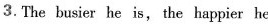
3.The busier he is, the happier he